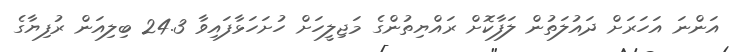
އަންނަ އަހަރަށް ދައުލަތުން ލަފާކޮށް ރައްޔިތުންގެ މަޖިލީހަށް ހުށަހަޅާފައިވާ 24.3 ބިލިއަން ރުފިޔާގެ